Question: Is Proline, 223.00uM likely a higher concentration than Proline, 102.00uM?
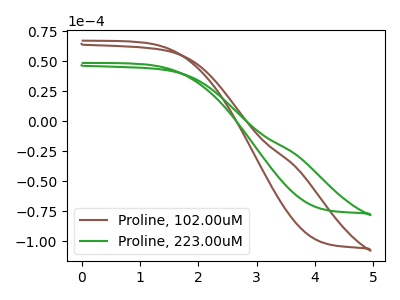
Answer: <think>The brown curve "Proline, 102.00uM" has no peaks. The green curve "Proline, 223.00uM" has no peaks.
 Neither "Proline, 223.00uM" or "Proline, 102.00uM" have any peaks.</think>
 <answer>I cant tell if "Proline, 223.00uM" or "Proline, 102.00uM" has more signal.</answer>
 <eval>mixed_signal</eval>